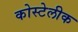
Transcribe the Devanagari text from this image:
कोस्टेलीक